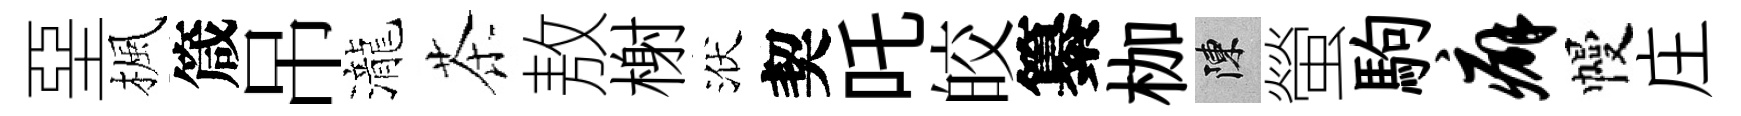
堊楓箴吊瀧茶敖榭洑契吒皎纂枷陳螢駒癖幔庄